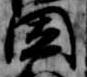
闍